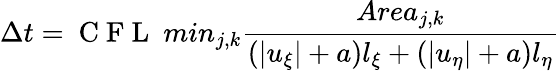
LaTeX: \Delta t=\mathrm{~C~F~L~}\ min_{j,k}\frac{Area_{j,k}}{(|u_{\xi}|+a)l_{\xi}+(|u_{\eta}|+a)l_{\eta}}